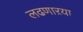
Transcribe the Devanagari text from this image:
लढणाऱया